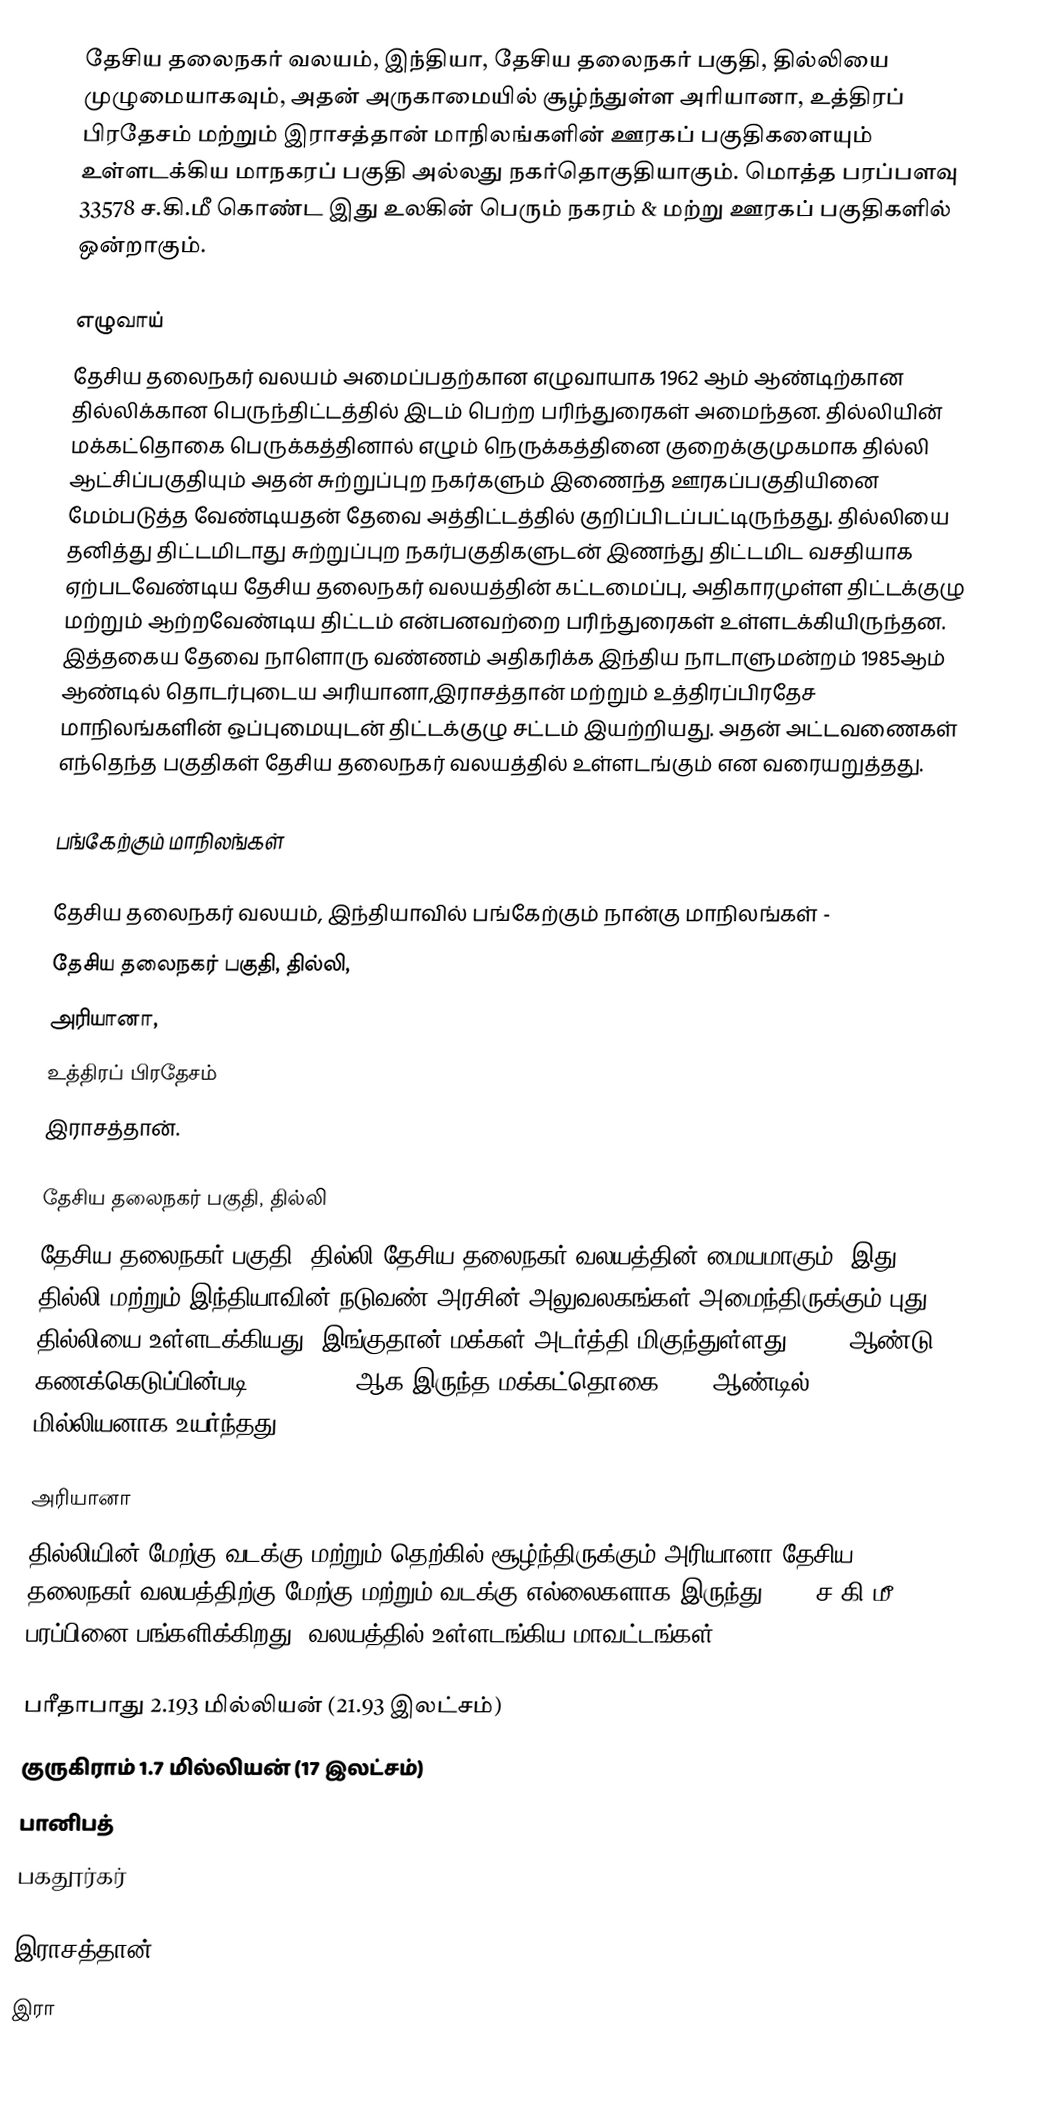
தேசிய தலைநகர் வலயம், இந்தியா, தேசிய தலைநகர் பகுதி, தில்லியை முழுமையாகவும், அதன் அருகாமையில் சூழ்ந்துள்ள அரியானா, உத்திரப் பிரதேசம் மற்றும் இராசத்தான் மாநிலங்களின் ஊரகப் பகுதிகளையும் உள்ளடக்கிய மாநகரப் பகுதி அல்லது நகர்தொகுதியாகும். மொத்த பரப்பளவு 33578 ச.கி.மீ கொண்ட இது உலகின் பெரும் நகரம் & மற்று ஊரகப் பகுதிகளில் ஒன்றாகும்.

எழுவாய்
தேசிய தலைநகர் வலயம் அமைப்பதற்கான எழுவாயாக 1962 ஆம் ஆண்டிற்கான தில்லிக்கான பெருந்திட்டத்தில் இடம் பெற்ற பரிந்துரைகள் அமைந்தன. தில்லியின் மக்கட்தொகை பெருக்கத்தினால் எழும் நெருக்கத்தினை குறைக்குமுகமாக தில்லி ஆட்சிப்பகுதியும் அதன் சுற்றுப்புற நகர்களும் இணைந்த ஊரகப்பகுதியினை மேம்படுத்த வேண்டியதன் தேவை அத்திட்டத்தில் குறிப்பிடப்பட்டிருந்தது. தில்லியை தனித்து திட்டமிடாது சுற்றுப்புற நகர்பகுதிகளுடன் இணந்து திட்டமிட வசதியாக ஏற்படவேண்டிய தேசிய தலைநகர் வலயத்தின் கட்டமைப்பு, அதிகாரமுள்ள திட்டக்குழு மற்றும் ஆற்றவேண்டிய திட்டம் என்பனவற்றை பரிந்துரைகள் உள்ளடக்கியிருந்தன. இத்தகைய தேவை நாளொரு வண்ணம் அதிகரிக்க இந்திய நாடாளுமன்றம் 1985ஆம் ஆண்டில் தொடர்புடைய அரியானா,இராசத்தான் மற்றும் உத்திரப்பிரதேச மாநிலங்களின் ஒப்புமையுடன் திட்டக்குழு சட்டம் இயற்றியது. அதன் அட்டவணைகள் எந்தெந்த பகுதிகள் தேசிய தலைநகர் வலயத்தில் உள்ளடங்கும் என வரையறுத்தது.

பங்கேற்கும் மாநிலங்கள்

தேசிய தலைநகர் வலயம், இந்தியாவில் பங்கேற்கும் நான்கு மாநிலங்கள் -
 தேசிய தலைநகர் பகுதி, தில்லி,
 அரியானா,
 உத்திரப் பிரதேசம்
 இராசத்தான்.

தேசிய தலைநகர் பகுதி, தில்லி
தேசிய தலைநகர் பகுதி, தில்லி தேசிய தலைநகர் வலயத்தின் மையமாகும். இது தில்லி மற்றும் இந்தியாவின் நடுவண் அரசின் அலுவலகங்கள் அமைந்திருக்கும் புது தில்லியை உள்ளடக்கியது. இங்குதான் மக்கள் அடர்த்தி மிகுந்துள்ளது. 2001 ஆண்டு கணக்கெடுப்பின்படி 13,782,976 ஆக இருந்த மக்கட்தொகை 2007 ஆண்டில் 17 மில்லியனாக உயர்ந்தது.

அரியானா
தில்லியின் மேற்கு,வடக்கு மற்றும் தெற்கில் சூழ்ந்திருக்கும் அரியானா தேசிய தலைநகர் வலயத்திற்கு மேற்கு மற்றும் வடக்கு எல்லைகளாக இருந்து 13413ச.கி.மீ பரப்பினை பங்களிக்கிறது. வலயத்தில் உள்ளடங்கிய மாவட்டங்கள்:-

 பரீதாபாது 2.193 மில்லியன் (21.93 இலட்சம்)
 குருகிராம் 1.7 மில்லியன் (17 இலட்சம்)
 பானிபத்
 பகதூர்கர்

இராசத்தான்
இரா